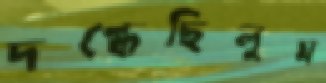
দগ্ধেছিলুম